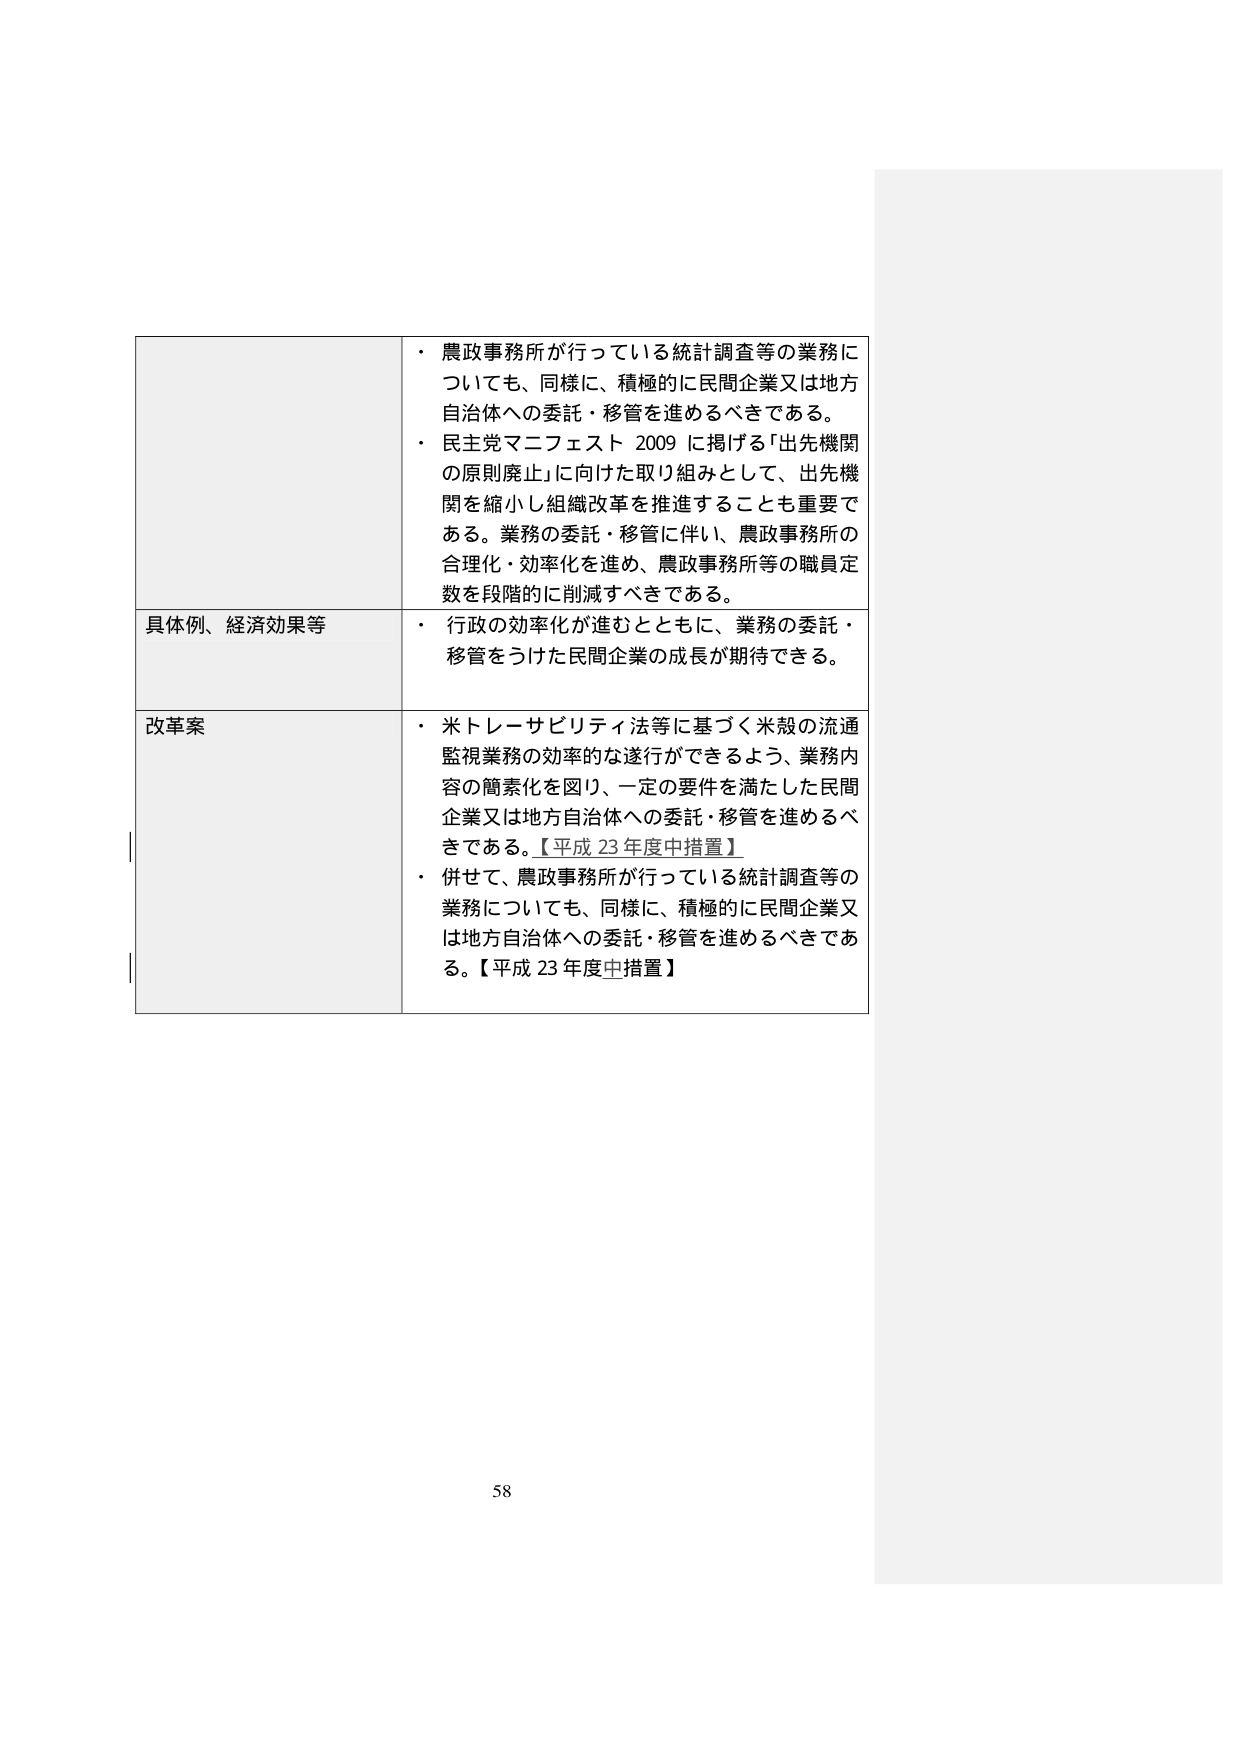
・農政事務所が行っている統計調査等の業務についても、同様に、積極的に民間企業又は地方自治体への委託・移管を進めるべきである。
・民主党マニフェスト 2009 に掲げる「出先機関の原則廃止」に向けた取り組みとして、出先機関を縮小し組織改革を推進することも重要である。業務の委託・移管に伴い、農政事務所の合理化・効率化を進め、農政事務所等の職員定数を段階的に削減すべきである。

具体例、経済効果等
・行政の効率化が進むとともに、業務の委託・移管をうけた民間企業の成長が期待できる。

改革案
・米トレーサビリティ法等に基づく米穀の流通監視業務の効率的な遂行ができるよう、業務内容の簡素化を図り、一定の要件を満たした民間企業又は地方自治体への委託・移管を進めるべきである。【平成 23年度中措置】
・併せて、農政事務所が行っている統計調査等の業務についても、同様に、積極的に民間企業又は地方自治体への委託・移管を進めるべきである。【平成 23年度中措置】

58